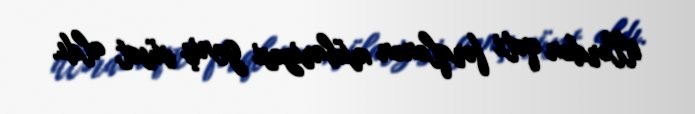
illərdən qəti fərqlənən mübarizəsi geniş vüsət aldı.